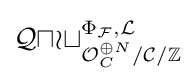
{\mathcal {Quot}}_{{\mathcal {O}}_{C}^{\oplus N}/{\mathcal {C}}/\mathbb {Z} }^{\Phi _{\mathcal {F}},{\mathcal {L}}}